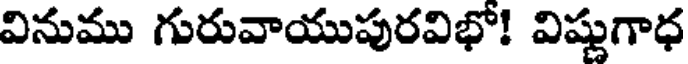
వినుము గురువాయుపురవిభో! విష్ణుగాధ